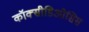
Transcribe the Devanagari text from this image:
कॉक्सीडिओसिस